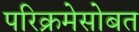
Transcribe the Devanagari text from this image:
परिक्रमेसोबत